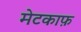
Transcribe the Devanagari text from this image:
मेटकाफ़